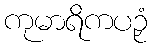
ကုမာရိကပဉှံ